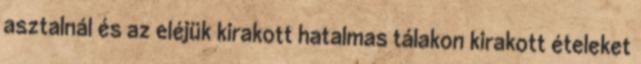
asztalnál és az eléjük kirakott hatalmas tálakon kirakott ételeket